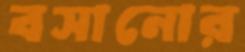
বসানোর